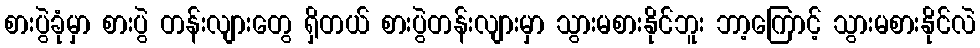
စားပွဲခုံမှာ စားပွဲ တန်းလျားတွေ ရှိတယ် စားပွဲတန်းလျားမှာ သွားမစားနိုင်ဘူး ဘာ့ကြောင့် သွားမစားနိုင်လဲ